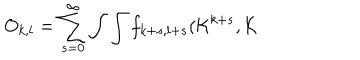
O _ { k , l } = \sum _ { s = 0 } ^ { \infty } \int \int f _ { k + s , l + s } ( { \cal K } ^ { k + s } , { \cal K }